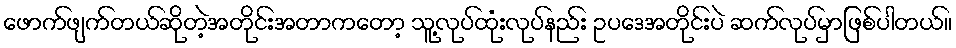
ဖောက်ဖျက်တယ်ဆိုတဲ့အတိုင်းအတာကတော့ သူ့လုပ်ထုံးလုပ်နည်း ဥပဒေအတိုင်းပဲ ဆက်လုပ်မှာဖြစ်ပါတယ်။